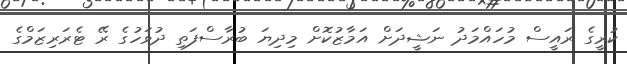
ކުރީގެ ރައީސް މުހައްމަދު ނަޝީދަށް އަމާޒުކޮށް މިދިޔަ ބުރާސްފަތި ދުވަހުގެ ރޭ ޓެރަރިޒަމްގެ